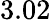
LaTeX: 3.02